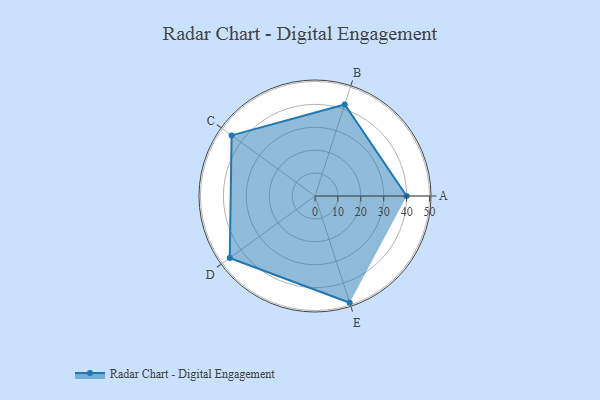
{"axis": {"x": "Skill", "y": "Score"}, "legend": ["Profile"], "data": [{"x": "A", "y": 40.0, "type": "Profile"}, {"x": "B", "y": 42.0, "type": "Profile"}, {"x": "C", "y": 45.0, "type": "Profile"}, {"x": "D", "y": 46.0, "type": "Profile"}, {"x": "E", "y": 49.0, "type": "Profile"}]}